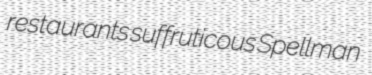
restaurants suffruticous Spellman